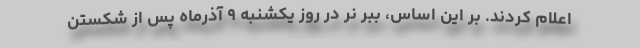
اعلام کردند. بر این اساس، ببر نر در روز یکشنبه ٩ آذرماه پس از شکستن